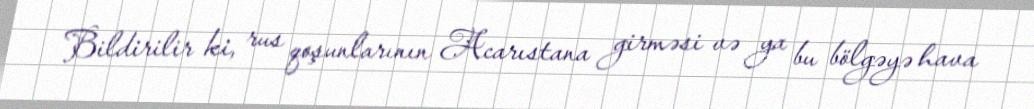
Bildirilir ki, rus qoşunlarının Acarıstana girməsi və ya bu bölgəyə hava